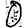
Digit: 0